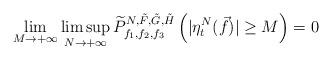
LaTeX: \begin{align*}\lim_{M\rightarrow+\infty}\limsup_{N\rightarrow+\infty}\widetilde{P}_{f_1, f_2, f_3}^{N, \tilde{F}, \tilde{G}, \tilde{H}}\left(|\eta_t^N(\vec{f})|\geq M\right)=0\end{align*}